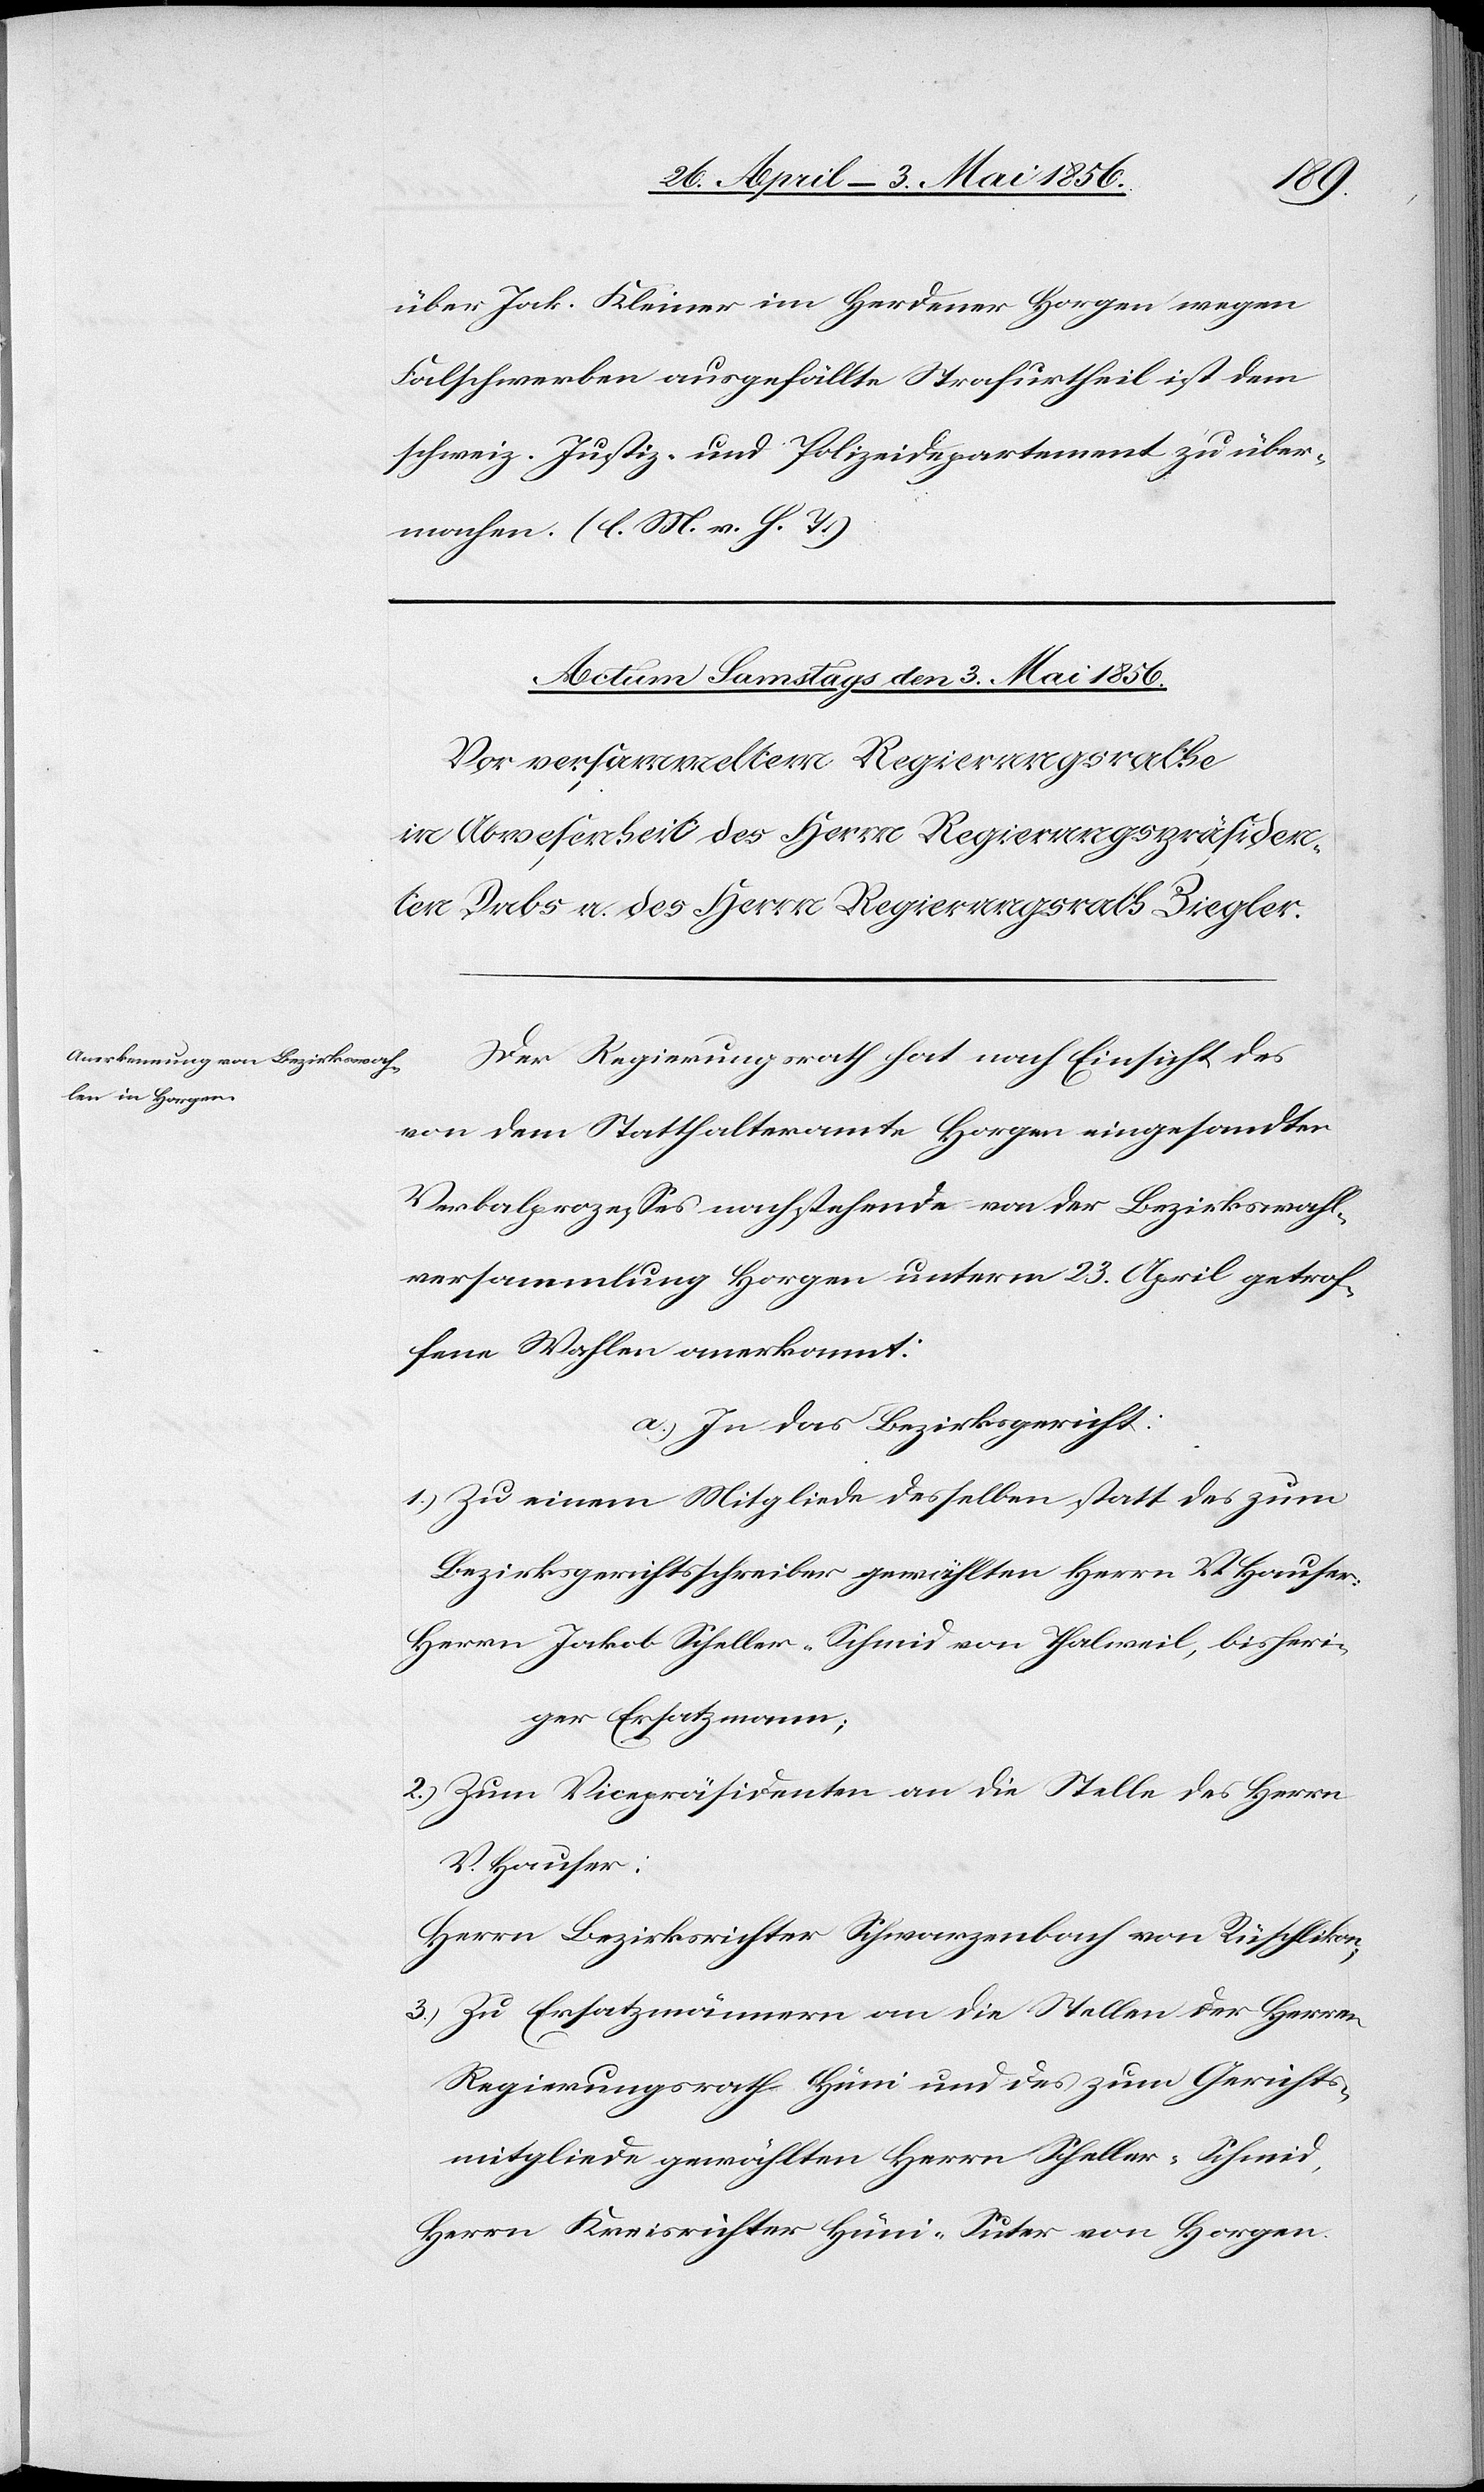
über Jak. Kleiner im Herdener Horgen wegen
Falschwerben ausgefällte Strafurtheil ist dem
schweiz. Justiz- und Polizeidepartement zu über¬
machen. (l. M. v. h. T.)
Der Regierungsrath hat nach Einsicht des
von dem Statthalteramte Horgen eingesandten
Verbalprozesses nachstehende von der Bezirkswahl¬
versammlung Horgen unterm 23. April getrof¬
fene Wahlen anerkannt:
a.) In das Bezirksgericht:
1.) Zu einem Mitgliede desselben statt des zum
Bezirksgerichtsschreiber gewählten Herrn V. Hauser:
Herrn Jakob Scheller-Schmid von Thalweil, bisheri¬
ger Ersatzmann;
2.) Zum Vicepräsidenten an die Stelle des Herrn
V. Hauser:
Herrn Bezirksrichter Schwarzenbach von Rüschlikon,
3.) Zu Ersatzmännern an die Stellen der Herren
Regierungsrath Hüni und des zum Gerichts¬
mitgliede gewählten Herrn Scheller-Schmid,
Herrn Kreisrichter Hüni-Suter von Horgen